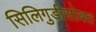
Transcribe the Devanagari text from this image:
सिलिगुडीसोबत